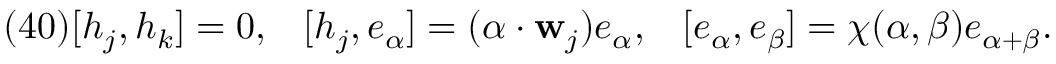
( 4 0 ) [ h _ { j } , h _ { k } ] = 0 , \; \; \; [ h _ { j } , e _ { \alpha } ] = ( \alpha \cdot { \bf w } _ { j } ) e _ { \alpha } , \; \; \; [ e _ { \alpha } , e _ { \beta } ] = \chi ( \alpha , \beta ) e _ { \alpha + \beta } .